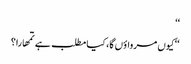
‘‘
‘‘کیوں مرواؤں گا، کیا مطلب ہے تمھارا؟